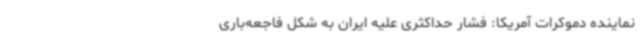
نماینده دموکرات آمریکا: فشار حداکثری علیه ایران به شکل فاجعه‌باری